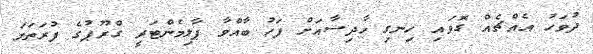
ދުވަހު އެއްޗެއް ގޮވައި ހިނގި ހާދިސާއަށް ފަހު ބާއްވާ ޕާލިމެންޓަރީ ގްރޫޕުގެ ފުރަތަމަ